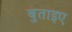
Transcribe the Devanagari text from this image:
बुताइए